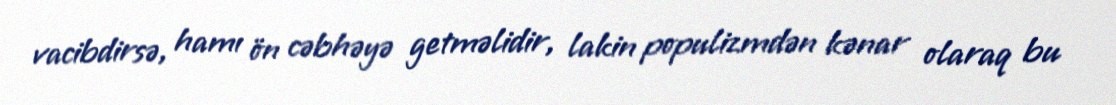
vacibdirsə, hamı ön cəbhəyə getməlidir, lakin populizmdən kənar olaraq bu